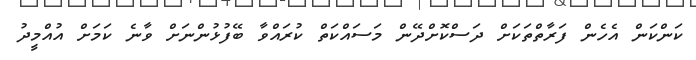
ކަންކަން އެހެން ފަރާތްތަކަށް ދަސްކޮށްދޭން މަސައްކަތް ކުރައްވާ ބޭފުޅުންނަށް ވާނެ ކަމަށް އުއްމީދު